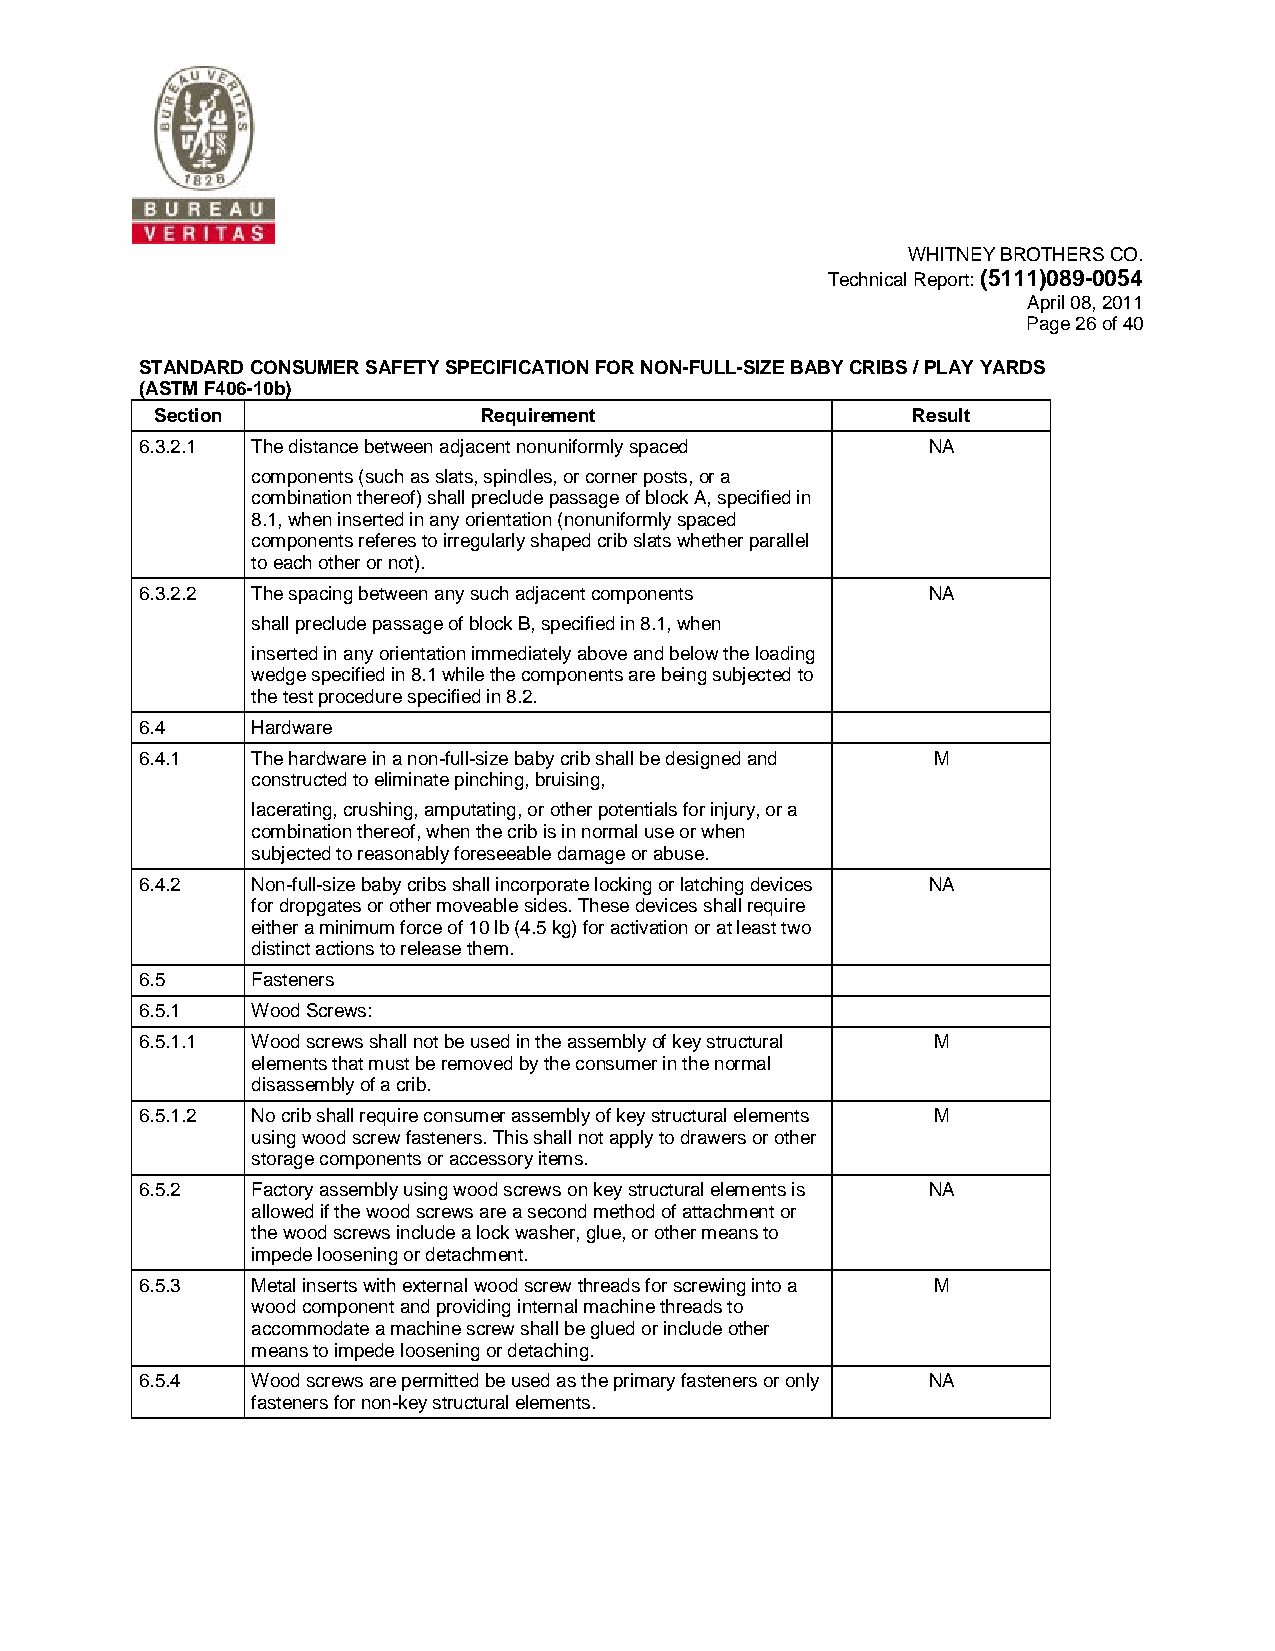
WHITNEY BROTHERS CO.
 Technical Report: (5111)089-0054
 April 08, 2011
 Page 26 of 40
 STANDARD CONSUMER SAFETY SPECIFICATION FOR NON-FULL-SIZE BABY CRIBS / PLAY YARDS
 (ASTM F406-10b)
 Section               Requirement                 Result
 6.3.2.1 The distance between adjacent nonuniformly spaced NA
 components (such as slats, spindles, or corner posts, or a
 combination thereof) shall preclude passage of block A, specified in
 8.1, when inserted in any orientation (nonuniformly spaced
 components referes to irregularly shaped crib slats whether parallel
 to each other or not).
 6.3.2.2 The spacing between any such adjacent components NA
 shall preclude passage of block B, specified in 8.1, when
 inserted in any orientation immediately above and below the loading
 wedge specified in 8.1 while the components are being subjected to
 the test procedure specified in 8.2.
 6.4     Hardware
 6.4.1   The hardware in a non-full-size baby crib shall be designed and M
 constructed to eliminate pinching, bruising,
 lacerating, crushing, amputating, or other potentials for injury, or a
 combination thereof, when the crib is in normal use or when
 subjected to reasonably foreseeable damage or abuse.
 6.4.2   Non-full-size baby cribs shall incorporate locking or latching devices NA
 for dropgates or other moveable sides. These devices shall require
 either a minimum force of 10 lb (4.5 kg) for activation or at least two
 distinct actions to release them.
 6.5     Fasteners
 6.5.1   Wood Screws:
 6.5.1.1 Wood screws shall not be used in the assembly of key structural M
 elements that must be removed by the consumer in the normal
 disassembly of a crib.
 6.5.1.2 No crib shall require consumer assembly of key structural elements M
 using wood screw fasteners. This shall not apply to drawers or other
 storage components or accessory items.
 6.5.2   Factory assembly using wood screws on key structural elements is NA
 allowed if the wood screws are a second method of attachment or
 the wood screws include a lock washer, glue, or other means to
 impede loosening or detachment.
 6.5.3   Metal inserts with external wood screw threads for screwing into a M
 wood component and providing internal machine threads to
 accommodate a machine screw shall be glued or include other
 means to impede loosening or detaching.
 6.5.4   Wood screws are permitted be used as the primary fasteners or only NA
 fasteners for non-key structural elements.